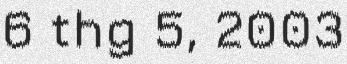
6 thg 5, 2003